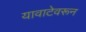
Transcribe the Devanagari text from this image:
यावाटेवरून